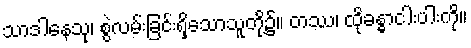
သာဒါနေသု၊ စွဲလမ်းခြင်းရှိသောသူတို့၌။ တဿ၊ ထိုခန္ဓာငါးပါးကို။